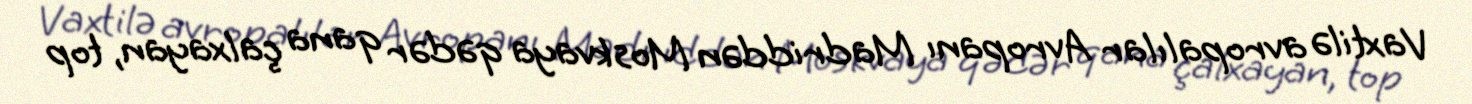
Vaxtilə avropalılar Avropanı Madriddən Moskvaya qədər qana çalxayan, top